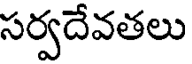
సర్వదేవతలు